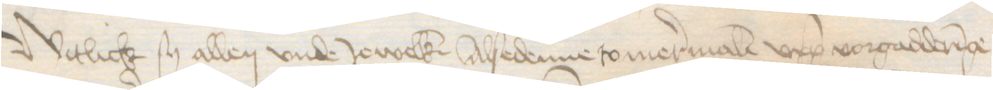
Witlich sy allen vnde Jewelken Alsedenne so mermalen upp vorgadderinge